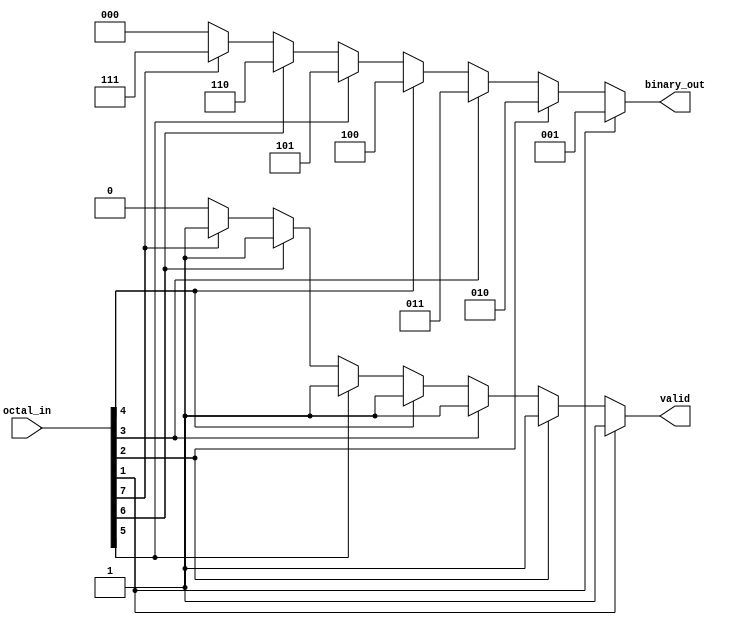
module octal_to_binary_encoder (
    input  wire [7:0] octal_in, // 8-bit input for octal values
    output reg  [2:0] binary_out, // 3-bit output for binary representation
    output reg        valid // 1-bit output to indicate if the input is valid
);

    always @(*) begin
        // Default values
        binary_out = 3'b000; // Default to 000 for octal 0
        valid = 1'b0; // Default to invalid

        // Check for valid octal inputs (1 to 7)
        if (octal_in[1]) begin
            binary_out = 3'b001; // Octal 1
            valid = 1'b1;
        end else if (octal_in[2]) begin
            binary_out = 3'b010; // Octal 2
            valid = 1'b1;
        end else if (octal_in[3]) begin
            binary_out = 3'b011; // Octal 3
            valid = 1'b1;
        end else if (octal_in[4]) begin
            binary_out = 3'b100; // Octal 4
            valid = 1'b1;
        end else if (octal_in[5]) begin
            binary_out = 3'b101; // Octal 5
            valid = 1'b1;
        end else if (octal_in[6]) begin
            binary_out = 3'b110; // Octal 6
            valid = 1'b1;
        end else if (octal_in[7]) begin
            binary_out = 3'b111; // Octal 7
            valid = 1'b1;
        end
        // If octal_in[0] is high, binary_out remains 000 and valid remains 0
    end

endmodule